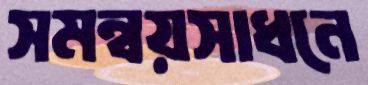
সমন্বয়সাধনে